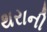
થરાની